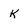
Character: k